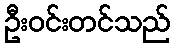
ဦးဝင်းတင်သည်